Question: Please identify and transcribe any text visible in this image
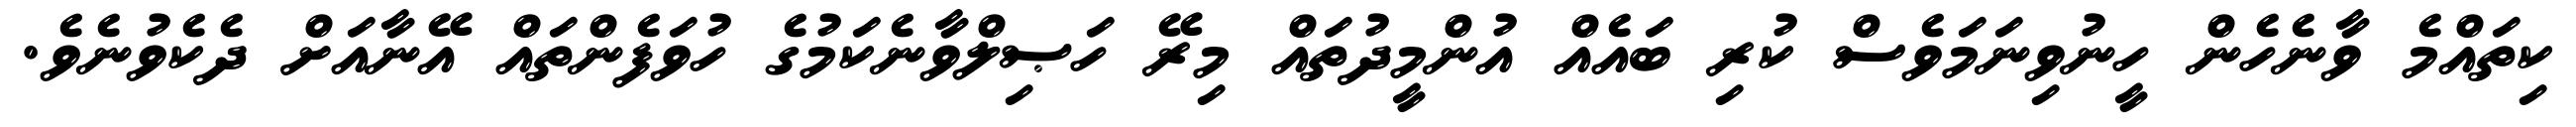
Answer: ކިތައްމެ ވާނެހެން ހީނުވިނަމަވެސް ކުރި ބައެއް އުންމީދުތައް މިރޭ ހަޞިލްވާނެކަމުގެ ހުވަފެންތައް އޭނާއަށް ދެކެވުނެވެ.